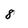
Character: 8